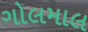
ગોલમાલ